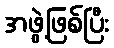
အဖွဲ့ဖြစ်ပြီး